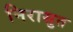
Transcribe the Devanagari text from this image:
निरासुत